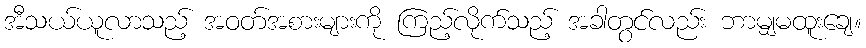
အီသယ်ယူလာသည့် အဝတ်အစားများကို ကြည့်လိုက်သည့် အခါတွင်လည်း ဘာမျှမထူးချေ။